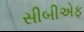
સીબીએફ